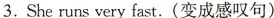
3. Sheruns very fast. (变成感叹句)